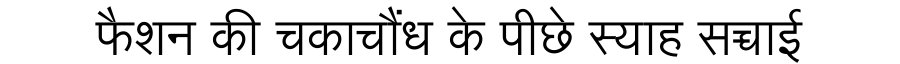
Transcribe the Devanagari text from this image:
फैशन की चकाचौंध के पीछे स्याह सच्चाई